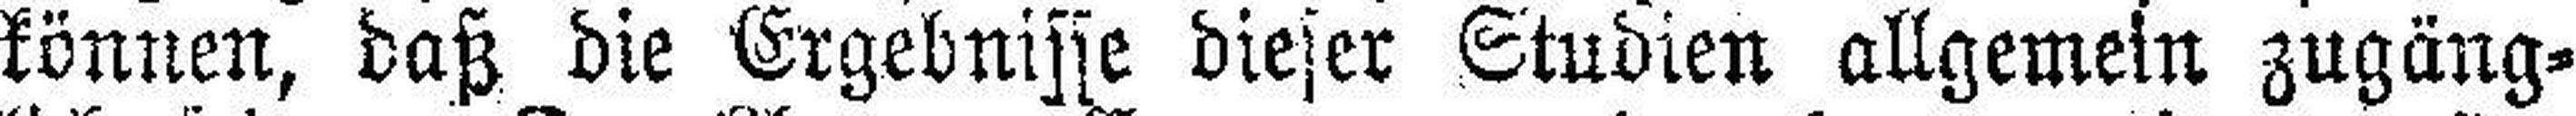
können, daß die Ergebnisse dieser Studien allgemein zugäng¬